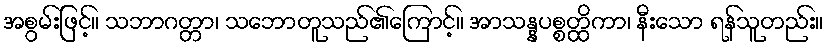
အစွမ်းဖြင့်။ သဘာဂတ္တာ၊ သဘောတူသည်၏ကြောင့်။ အာသန္နပစ္စတ္ထိကာ၊ နီးသော ရန်သူတည်း။